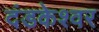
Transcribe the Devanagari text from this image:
दंडकेश्वर